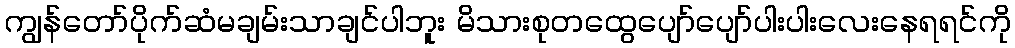
ကျွန်တော်ပိုက်ဆံမချမ်းသာချင်ပါဘူး မိသားစုတထွေပျော်ပျော်ပါးပါးလေးနေရရင်ကို